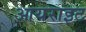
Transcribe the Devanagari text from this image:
आयराइट